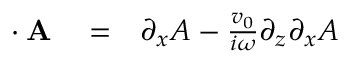
\begin{array} { r l r } { { \bf \nabla } \cdot { \bf A } } & { { } = } & { \partial _ { x } A - \frac { v _ { 0 } } { i \omega } \partial _ { z } \partial _ { x } A } \end{array}